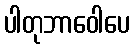
ပါတုဘာဝေါပေ